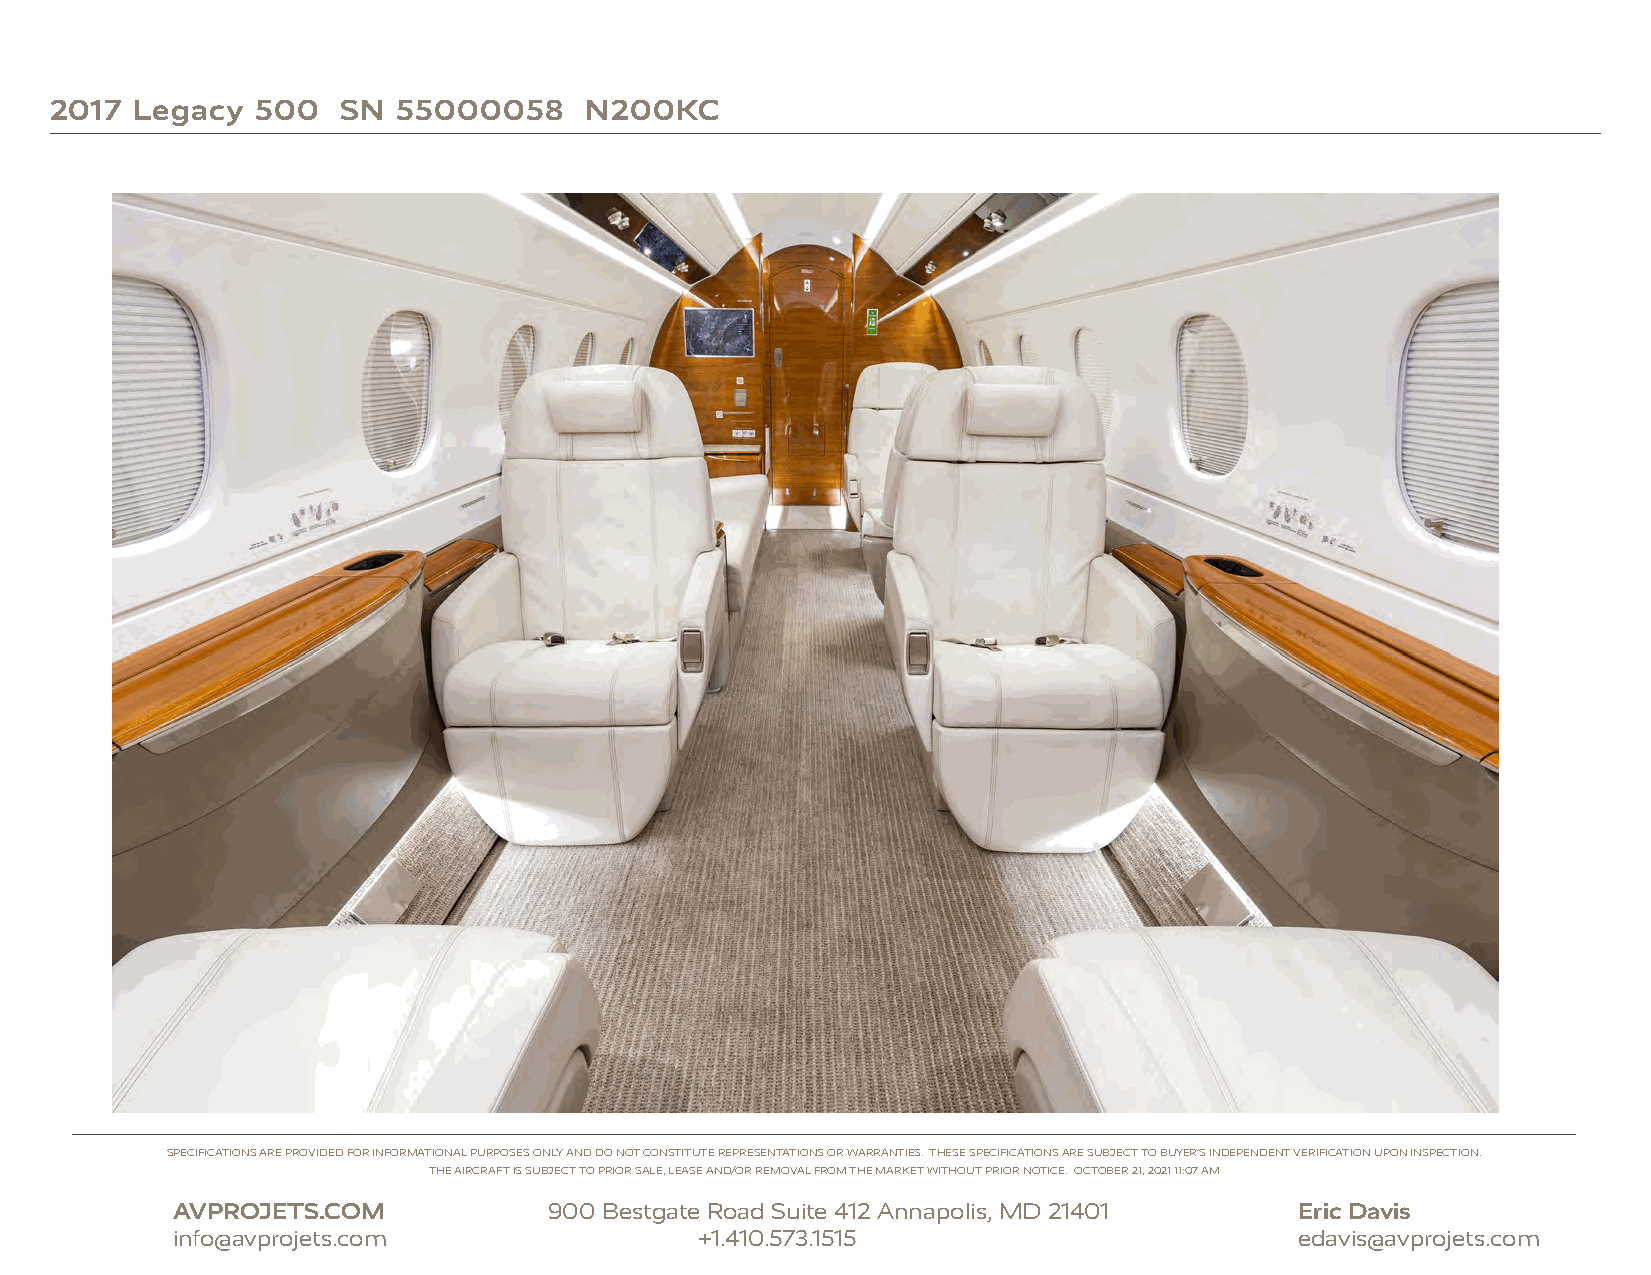
2017  Legacy  500   SN 55000058     N200KC
 SPECIFICATIONS ARE PROVIDED FOR INFORMATIONAL PURPOSES ONLY AND DO NOT CONSTITUTE REPRESENTATIONS OR WARRANTIES. THESE SPECIFICATIONS ARE SUBJECT TO BUYER’S INDEPENDENT VERIFICATION UPON INSPECTION.
 THE AIRCRAFT IS SUBJECT TO PRIOR SALE, LEASE AND/OR REMOVAL FROM THE MARKET WITHOUT PRIOR NOTICE. OCTOBER 21, 2021 11:07 AM
 AVPROJETS.COM            900 Bestgate Road Suite 412 Annapolis, MD 21401   Eric Davis
 info@avprojets.com                 +1.410.573.1515                         edavis@avprojets.com